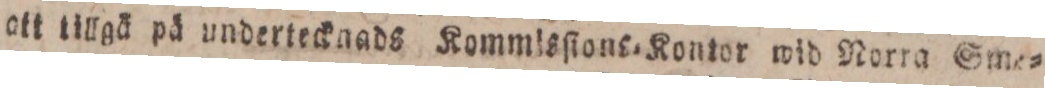
att tillgä på undertecknads Kommlsſions=Kontor wid Norra Sme=